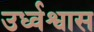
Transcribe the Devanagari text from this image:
उर्ध्वश्वास